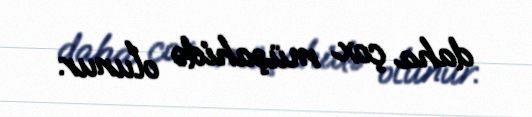
daha çox müşahidə olunur.